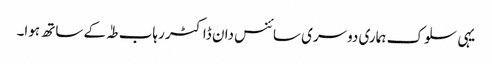
یہی سلوک ہماری دوسری سائنس دان ڈاکٹر رہاب طہٰ کے ساتھ ہوا۔